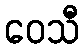
ဝေသီ